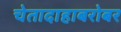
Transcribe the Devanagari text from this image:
चेतादाहाबरोबर